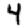
Digit: 4